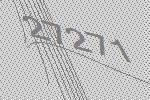
27271